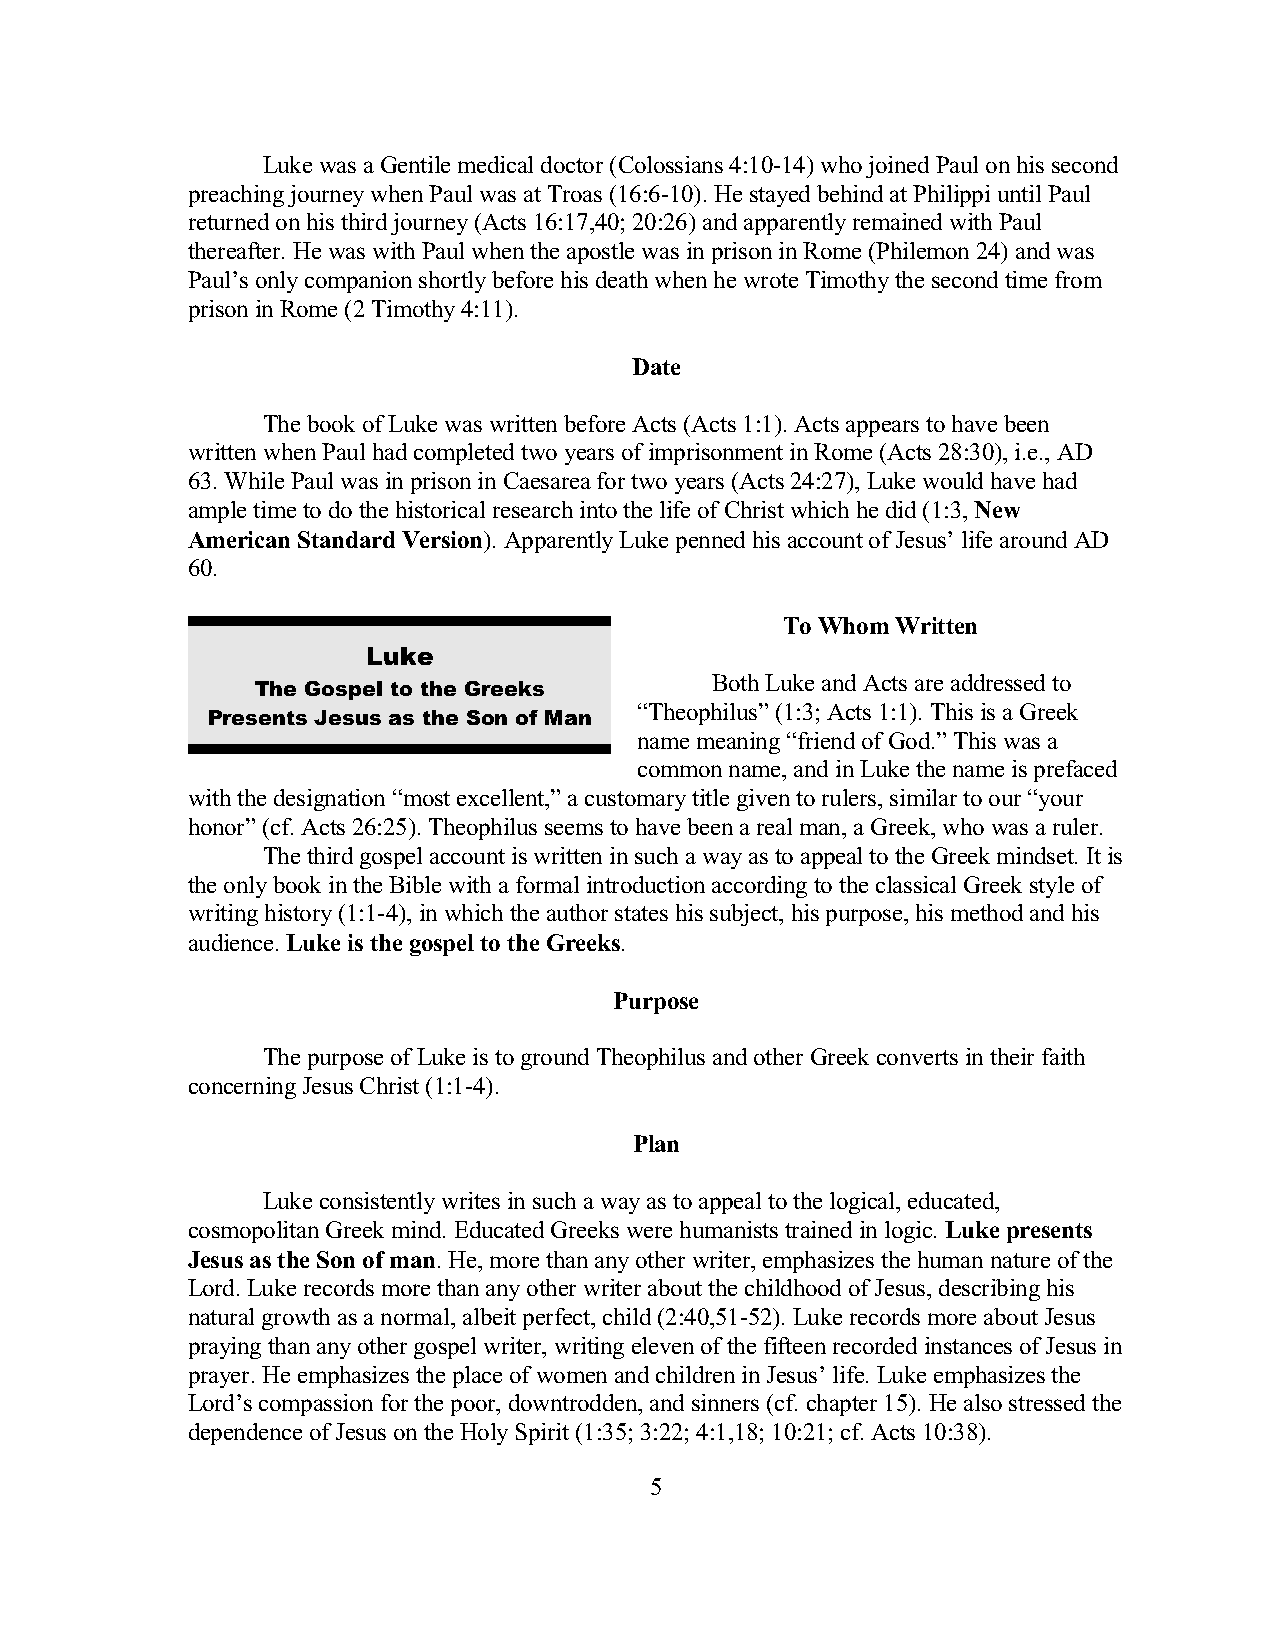
Luke was a Gentile medical doctor (Colossians 4:10-14) who joined Paul on his second
 preaching journey when Paul was at Troas (16:6-10). He stayed behind at Philippi until Paul
 returned on his third journey (Acts 16:17,40; 20:26) and apparently remained with Paul
 thereafter. He was with Paul when the apostle was in prison in Rome (Philemon 24) and was
 Paul’s only companion shortly before his death when he wrote Timothy the second time from
 prison in Rome (2 Timothy 4:11).
 Date
 The book of Luke was written before Acts (Acts 1:1). Acts appears to have been
 written when Paul had completed two years of imprisonment in Rome (Acts 28:30), i.e., AD
 63. While Paul was in prison in Caesarea for two years (Acts 24:27), Luke would have had
 ample time to do the historical research into the life of Christ which he did (1:3, New
 American Standard Version). Apparently Luke penned his account of Jesus’ life around AD
 60.
 To Whom Written
 Luke
 Both Luke and Acts are addressed to
 The Gospel to the Greeks
 “Theophilus” (1:3; Acts 1:1). This is a Greek
 Presents Jesus as the Son of Man
 name meaning “friend of God.” This was a
 common name, and in Luke the name is prefaced
 with the designation “most excellent,” a customary title given to rulers, similar to our “your
 honor” (cf. Acts 26:25). Theophilus seems to have been a real man, a Greek, who was a ruler.
 The third gospel account is written in such a way as to appeal to the Greek mindset. It is
 the only book in the Bible with a formal introduction according to the classical Greek style of
 writing history (1:1-4), in which the author states his subject, his purpose, his method and his
 audience. Luke is the gospel to the Greeks.
 Purpose
 The purpose of Luke is to ground Theophilus and other Greek converts in their faith
 concerning Jesus Christ (1:1-4).
 Plan
 Luke consistently writes in such a way as to appeal to the logical, educated,
 cosmopolitan Greek mind. Educated Greeks were humanists trained in logic. Luke presents
 Jesus as the Son of man. He, more than any other writer, emphasizes the human nature of the
 Lord. Luke records more than any other writer about the childhood of Jesus, describing his
 natural growth as a normal, albeit perfect, child (2:40,51-52). Luke records more about Jesus
 praying than any other gospel writer, writing eleven of the fifteen recorded instances of Jesus in
 prayer. He emphasizes the place of women and children in Jesus’ life. Luke emphasizes the
 Lord’s compassion for the poor, downtrodden, and sinners (cf. chapter 15). He also stressed the
 dependence of Jesus on the Holy Spirit (1:35; 3:22; 4:1,18; 10:21; cf. Acts 10:38).
 5